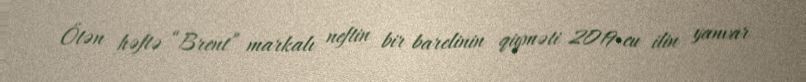
Ötən həftə “Brent” markalı neftin bir barelinin qiyməti 2019-cu ilin yanvar